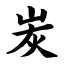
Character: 炭